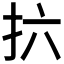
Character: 𫼚